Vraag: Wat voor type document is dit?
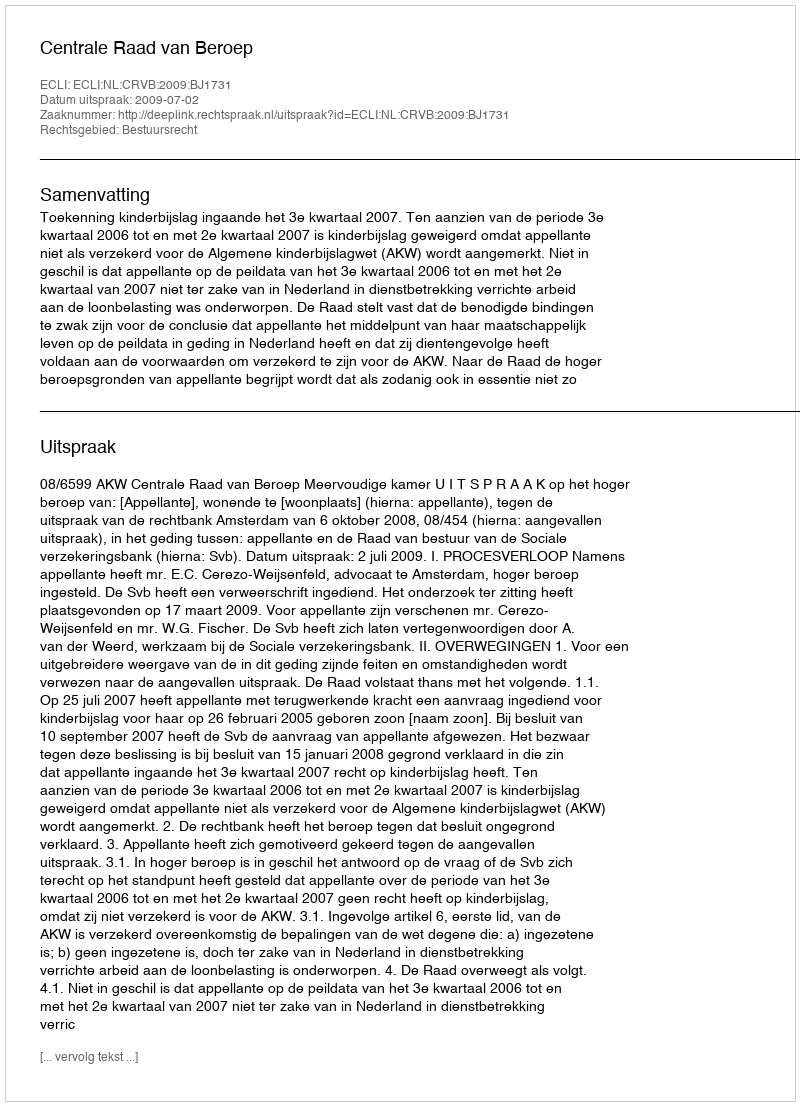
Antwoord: Uitspraak